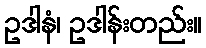
ဥဒါနံ၊ ဥဒါန်းတည်း။